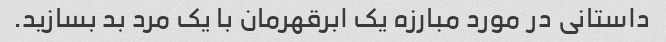
داستانی در مورد مبارزه یک ابرقهرمان با یک مرد بد بسازید.